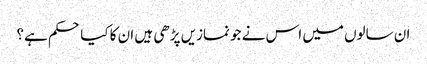
ان سالوں میں اس نے جو نمازیں پڑھی ہیں ان کا کیا حکم ہے؟